65_HS1-834228961_62-HQ-83894_Section_2
Agency: FBI
Page 67
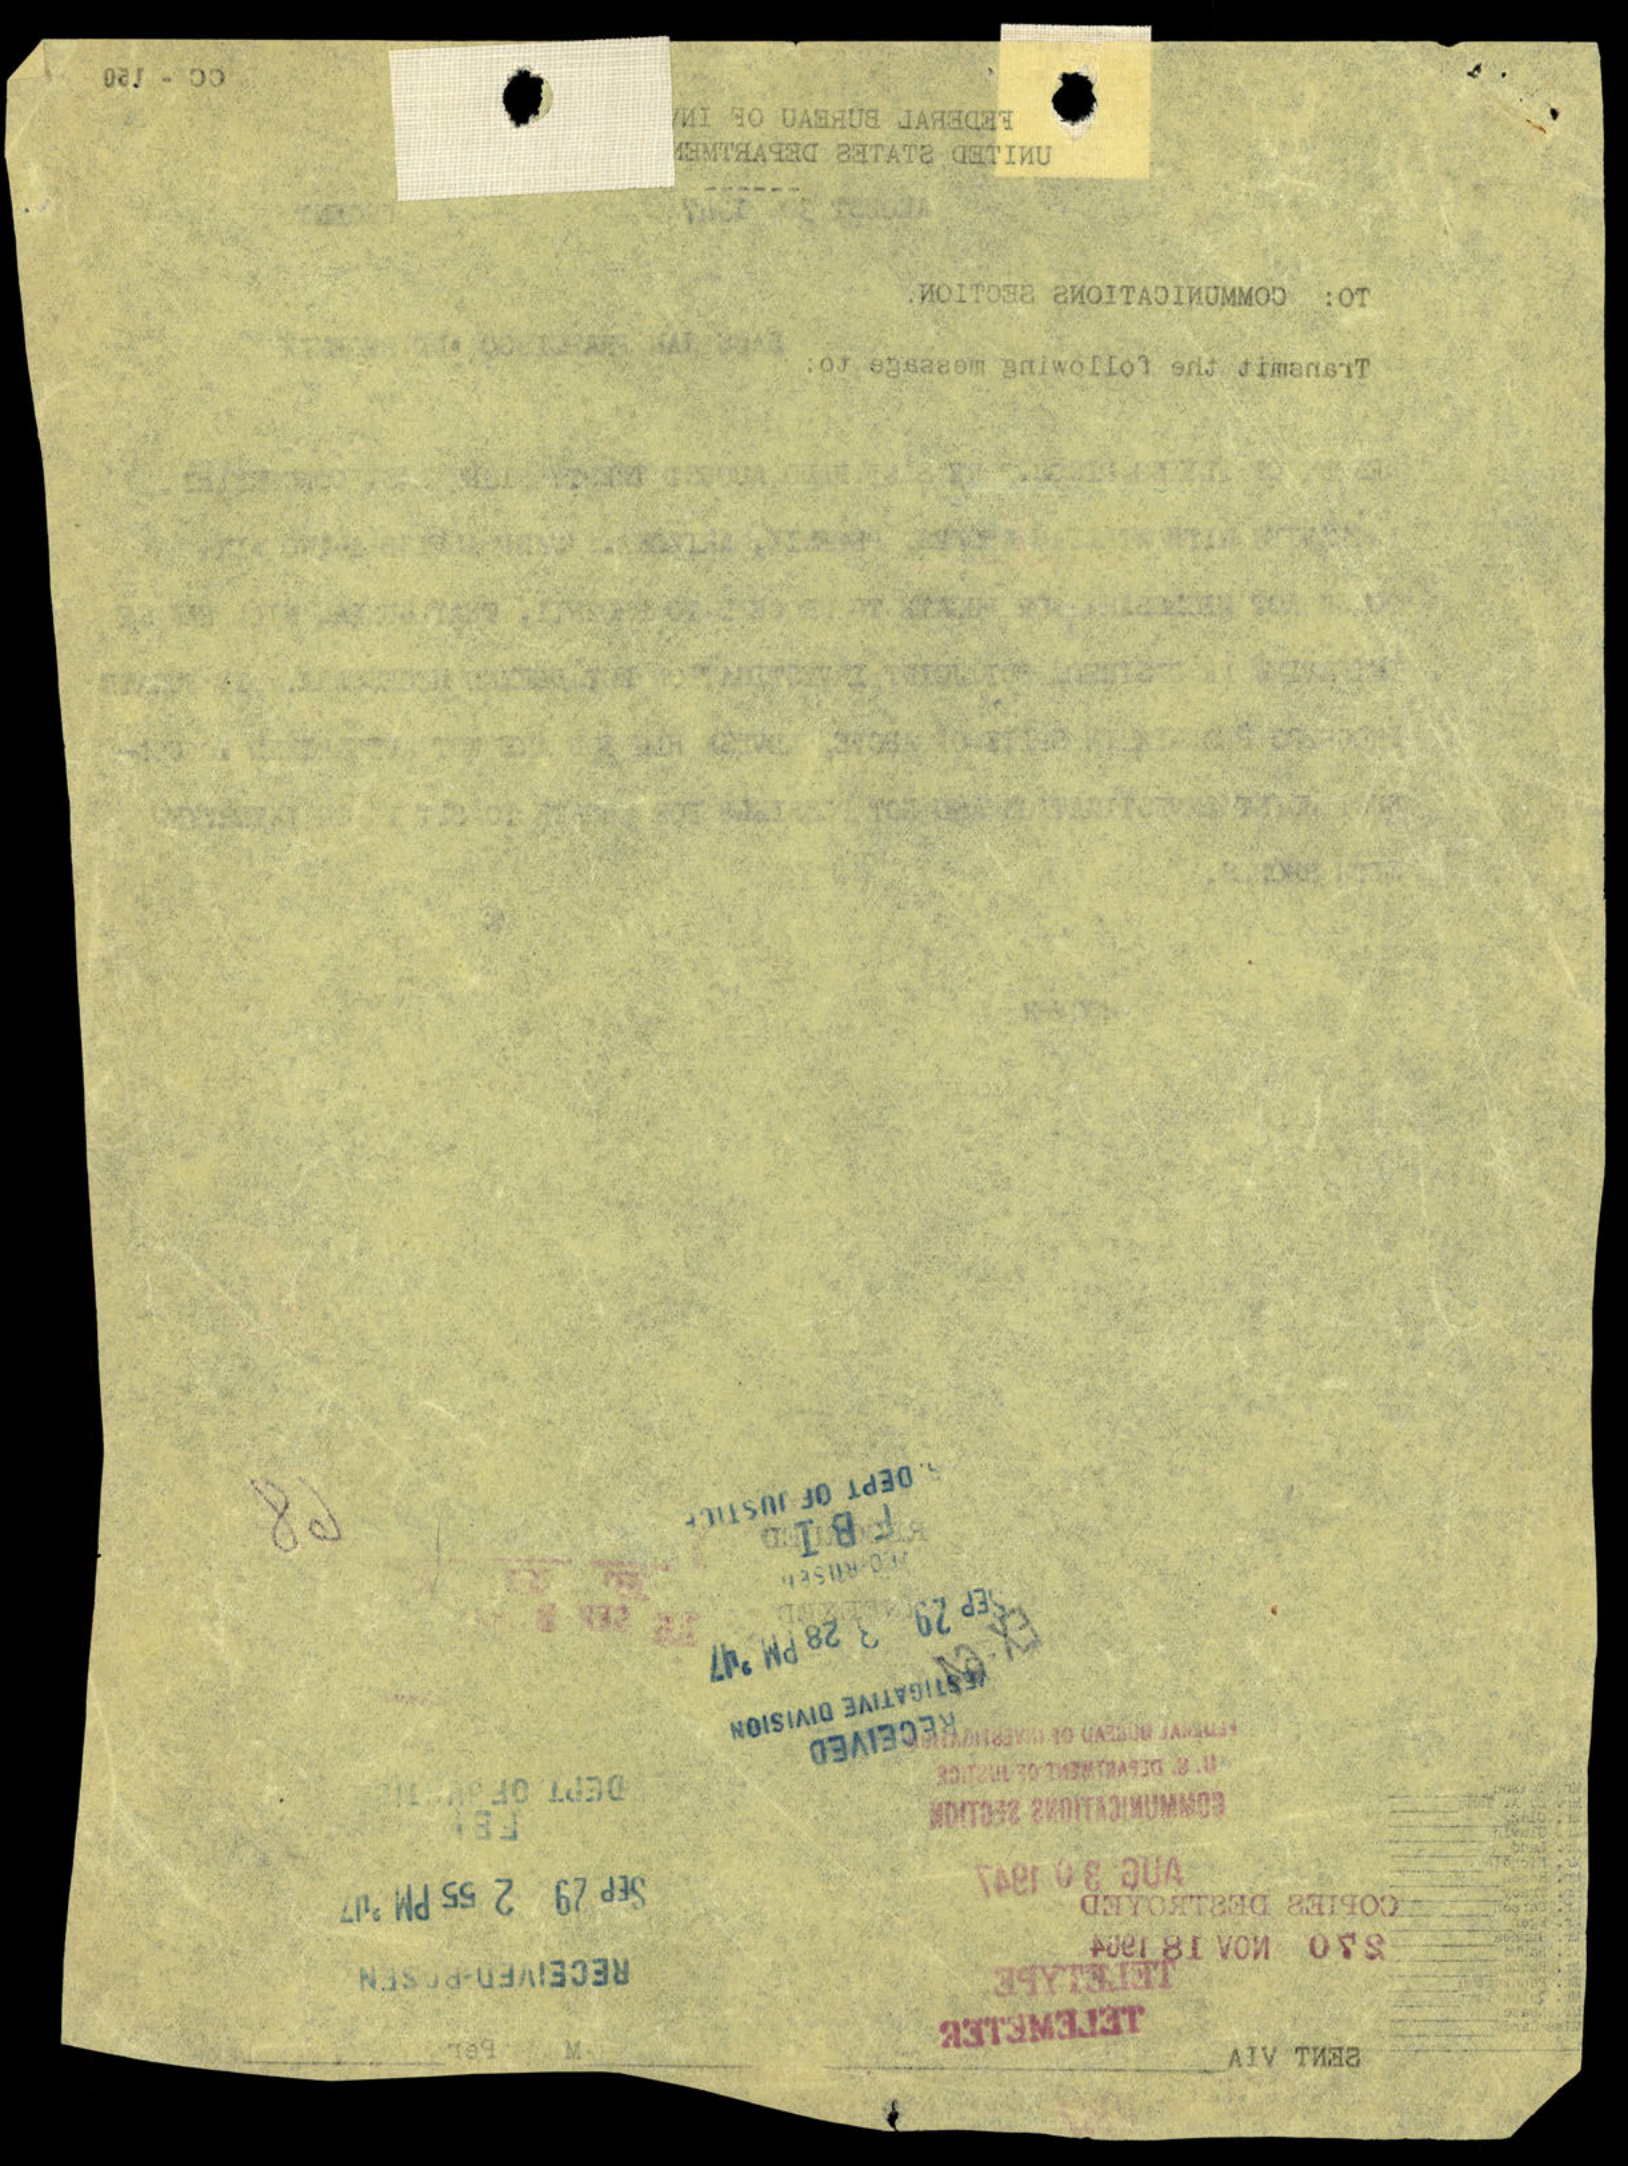